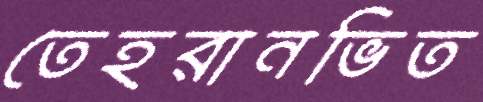
তেহরানভিত